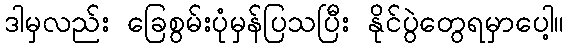
ဒါမှလည်း ခြေစွမ်းပုံမှန်ပြသပြီး နိုင်ပွဲတွေရမှာပေါ့။